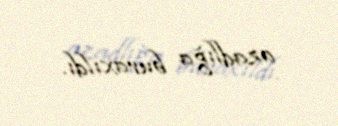
azadlığa buraxıldı.